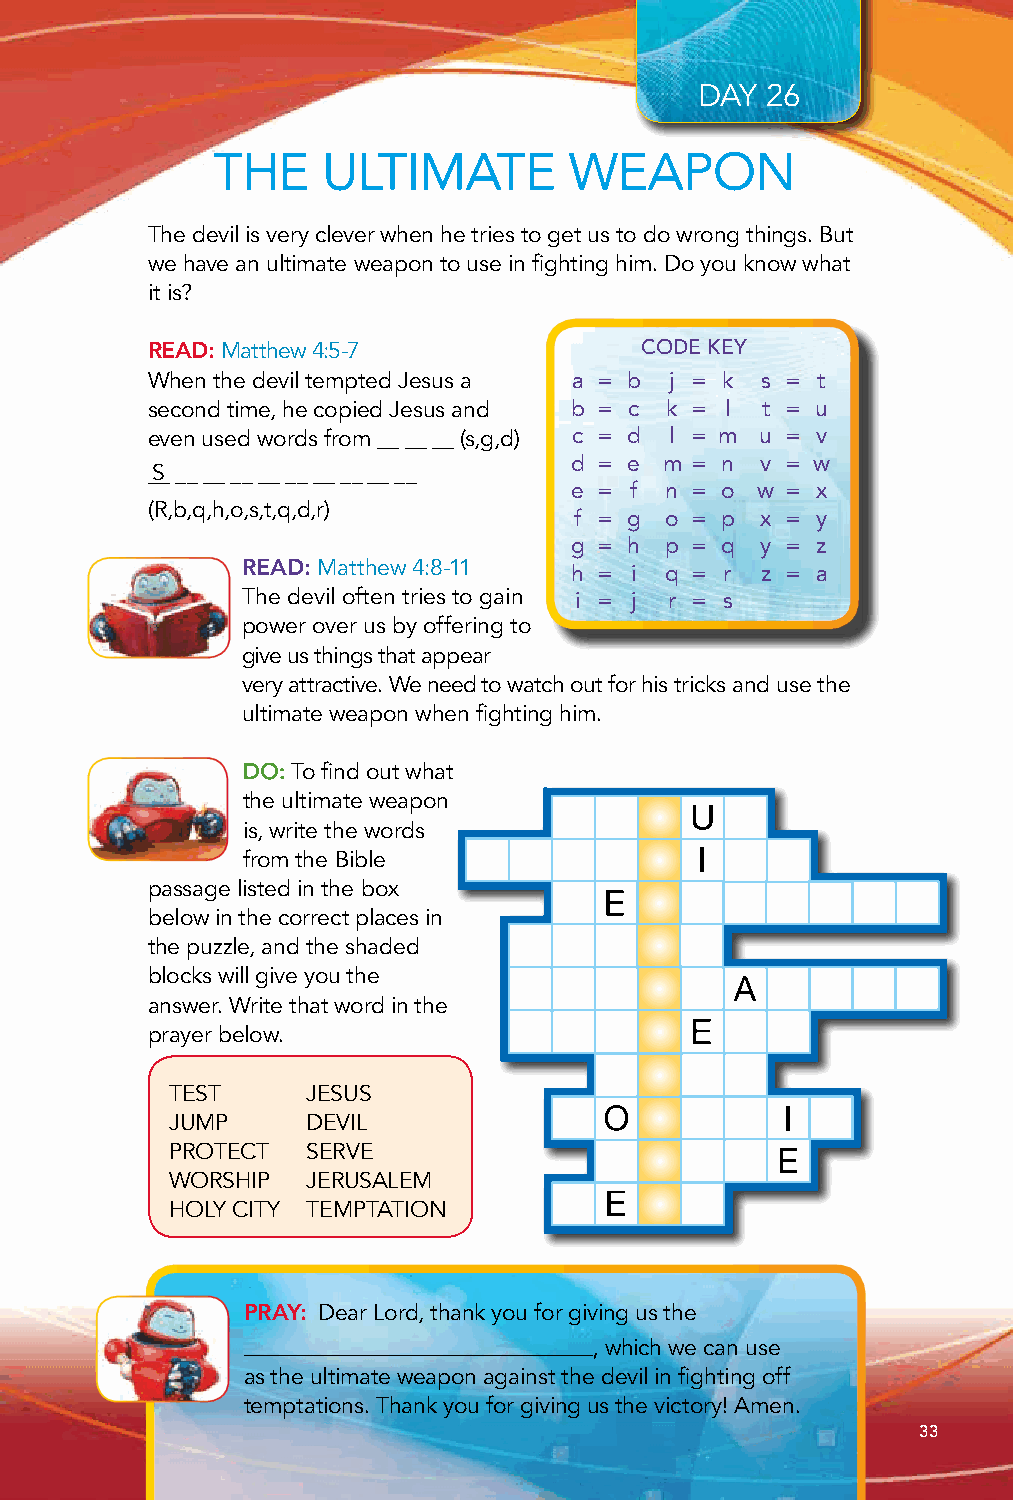
DAY  26
 THE    ULTIMATE         WEAPON
 The devil is very clever when he tries to get us to do wrong things. But
 we have an ultimate weapon to use in fighting him. Do you know what
 it is?
 READ: Matthew 4:5-7             CODE KEY
 When the devil tempted Jesus a a = b j = k s = t
 second time, he copied Jesus and b = c k = l t = u
 even used words from __ __ __ (s,g,d) c = d l = m u = v
 d = e m = n v = w
 _S_ __ __ __ __ __ __ __ __ __
 e = f n = o w = x
 (R,b,q,h,o,s,t,q,d,r)       f = g o = p x = y
 g = h p = q y = z
 READ: Matthew 4:8-11  h = i q = r z = a
 The devil often tries to gain i = j r = s
 power over us by offering to
 give us things that appear
 very attractive. We need to watch out for his tricks and use the
 ultimate weapon when fighting him.
 DO: To find out what
 the ultimate weapon
 is, write the words
 from the Bible
 passage listed in the box
 below in the correct places in
 the puzzle, and the shaded
 blocks will give you the
 answer. Write that word in the
 prayer below.
 TEST     JESUS
 JUMP     DEVIL
 PROTECT  SERVE
 WORSHIP  JERUSALEM
 HOLY CITY TEMPTATION
 PRAY: Dear Lord, thank you for giving us the
 ____________________________, which we can use
 as the ultimate weapon against the devil in fighting off
 temptations. Thank you for giving us the victory! Amen.
 33